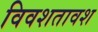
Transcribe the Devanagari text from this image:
विवशतावश